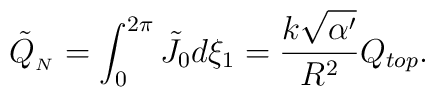
\tilde{Q}_{_{N}} = \int_0^{2\pi}\tilde{J}_0 d\xi_1 = \frac{k\sqrt{\alpha^\prime}}{R^2} Q_{top}  .